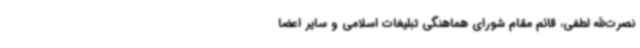
نصرت‌الله لطفی، قائم مقام شورای هماهنگی تبلیغات اسلامی و سایر اعضا